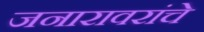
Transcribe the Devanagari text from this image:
जनारावरांचे